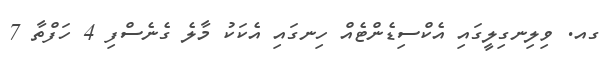
ގއ. ވިލިނގިލީގައި އެކްސިޑެންޓެއް ހިނގައި އެކަކު މާލެ ގެނެސްފި 4 ހަފްތާ 7